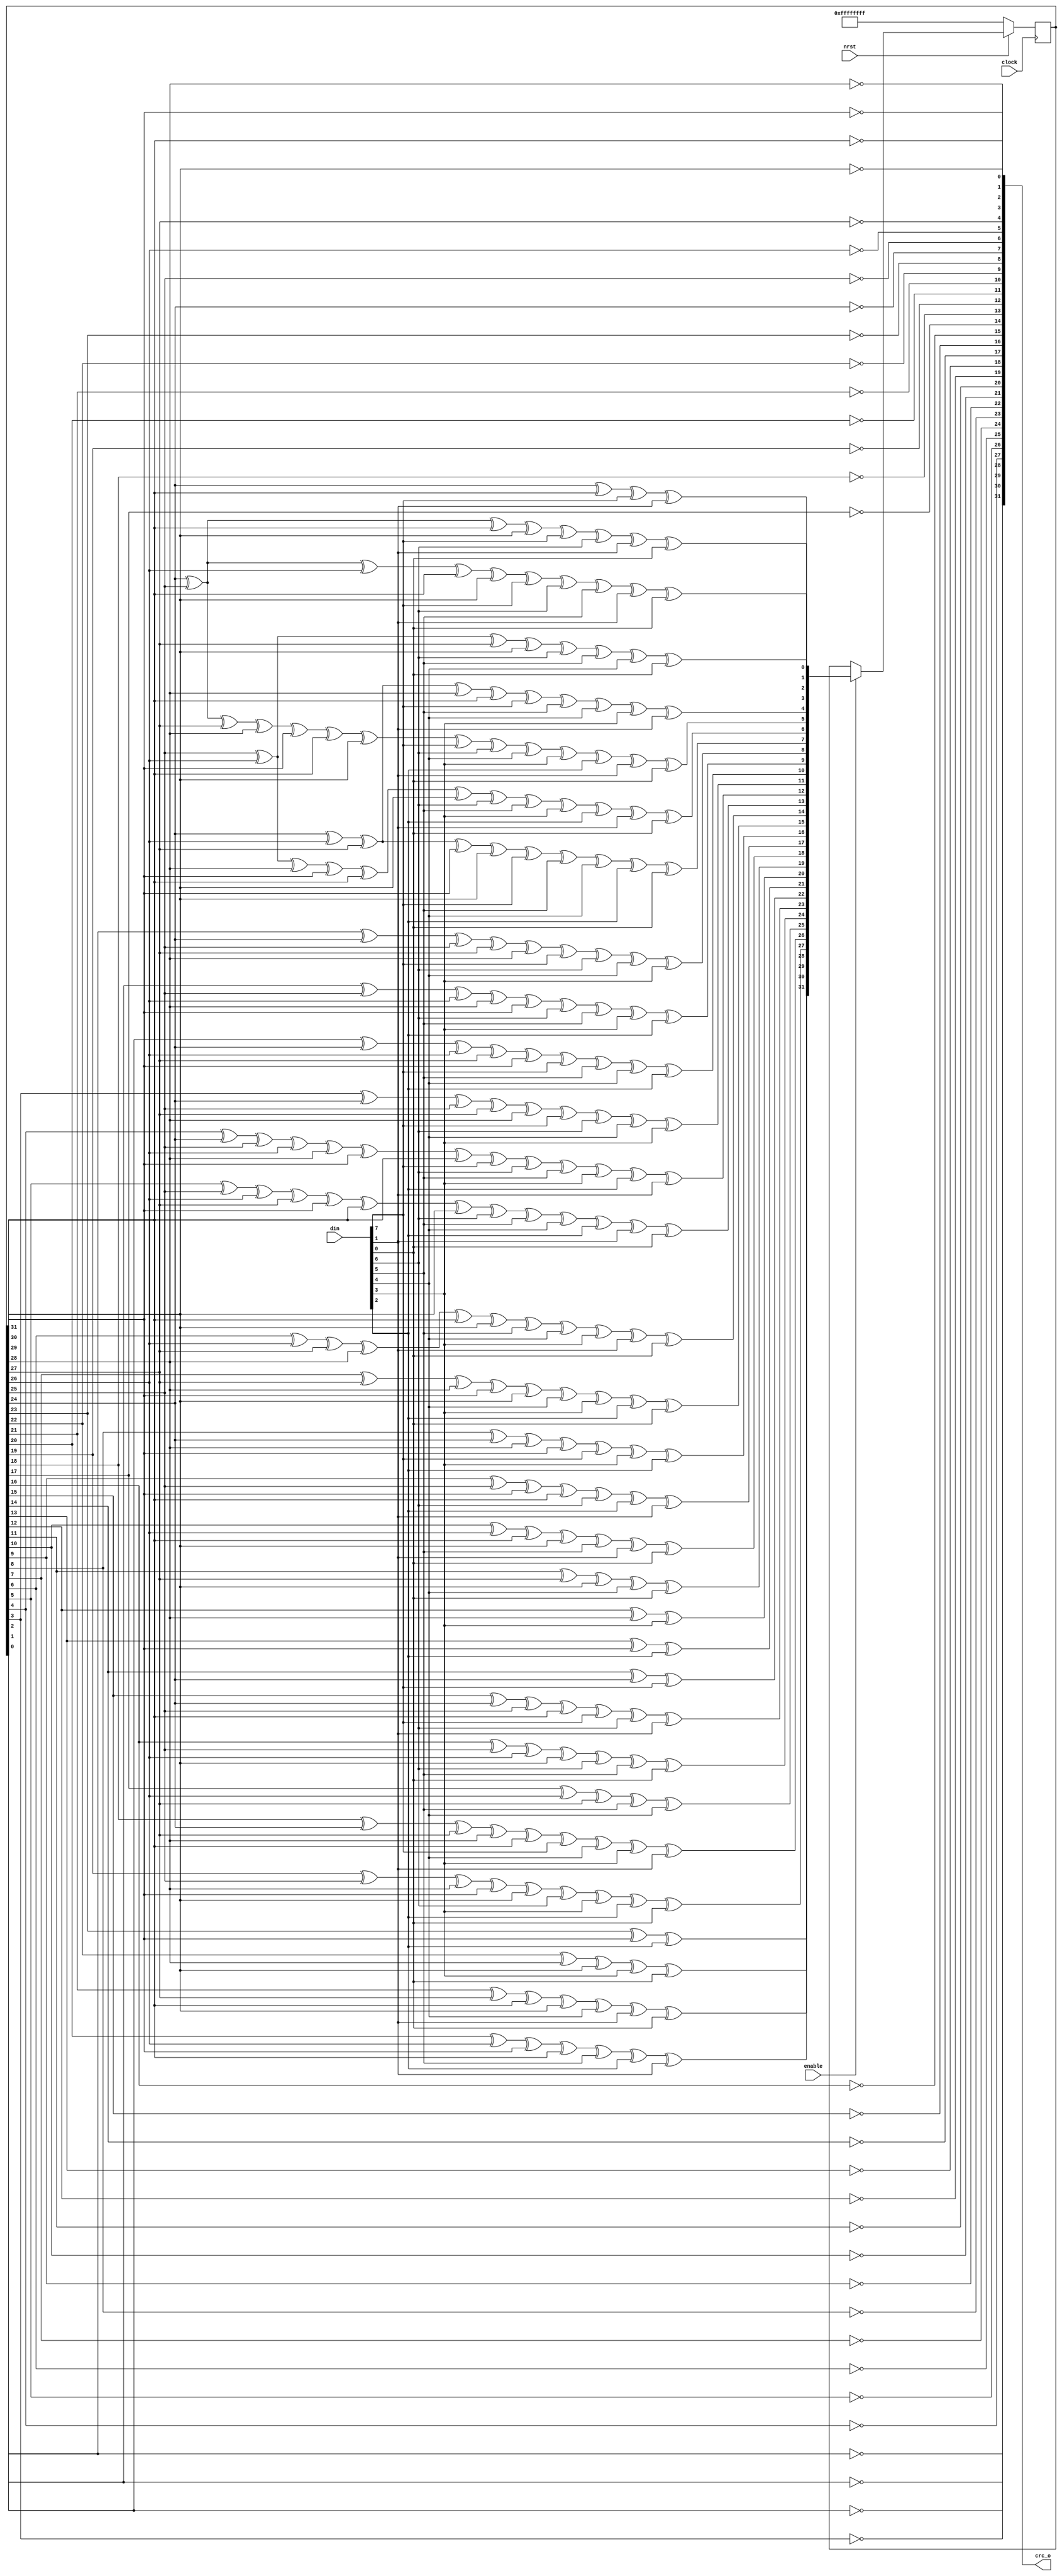
//  ____         _                ____                      
// | __ )  _ __ (_)  __ _  _ __  / ___|  _   _  _ __    ___ 
// |  _ \ | '__|| | / _` || '_ \ \___ \ | | | || '_ \  / _ \
// | |_) || |   | || (_| || | | | ___) || |_| || | | ||  __/
// |____/ |_|   |_| \__,_||_| |_||____/  \__,_||_| |_| \___|
//                                                          
// Programed By: BrianSune
// Contact: briansune@gmail.com
// 


`timescale 1ns/1ps


module crc32(
	
	input				nrst,
	input				clock,
	input				enable,
	
	input	[7 : 0]		din,
	output	[31 : 0]	crc_o
);
	
	wire	[31 : 0]	CrcNext;
	wire	[7 : 0]		Data;
	reg		[31 : 0]	Crc;
	
	genvar i;
	
	generate
		for(i=0;i<8;i=i+1)begin : refin_yes
			assign Data[i]=din[7-i];
		end
	endgenerate
	// assign Data=din;
	
	assign CrcNext[0] = Crc[24] ^ Crc[30] ^ Data[0] ^ Data[6];
	assign CrcNext[1] = Crc[24] ^ Crc[25] ^ Crc[30] ^ Crc[31] ^ Data[0] ^ Data[1] ^ Data[6] ^ Data[7];
	assign CrcNext[2] = Crc[24] ^ Crc[25] ^ Crc[26] ^ Crc[30] ^ Crc[31] ^ Data[0] ^ Data[1] ^ Data[2] ^ Data[6] ^ Data[7];
	assign CrcNext[3] = Crc[25] ^ Crc[26] ^ Crc[27] ^ Crc[31] ^ Data[1] ^ Data[2] ^ Data[3] ^ Data[7];
	assign CrcNext[4] = Crc[24] ^ Crc[26] ^ Crc[27] ^ Crc[28] ^ Crc[30] ^ Data[0] ^ Data[2] ^ Data[3] ^ Data[4] ^ Data[6];
	assign CrcNext[5] = Crc[24] ^ Crc[25] ^ Crc[27] ^ Crc[28] ^ Crc[29] ^ Crc[30] ^ Crc[31] ^ Data[0] ^ Data[1] ^ Data[3] ^ Data[4] ^ Data[5] ^ Data[6] ^ Data[7];
	assign CrcNext[6] = Crc[25] ^ Crc[26] ^ Crc[28] ^ Crc[29] ^ Crc[30] ^ Crc[31] ^ Data[1] ^ Data[2] ^ Data[4] ^ Data[5] ^ Data[6] ^ Data[7];
	assign CrcNext[7] = Crc[24] ^ Crc[26] ^ Crc[27] ^ Crc[29] ^ Crc[31] ^ Data[0] ^ Data[2] ^ Data[3] ^ Data[5] ^ Data[7];
	assign CrcNext[8] = Crc[0] ^ Crc[24] ^ Crc[25] ^ Crc[27] ^ Crc[28] ^ Data[0] ^ Data[1] ^ Data[3] ^ Data[4];
	assign CrcNext[9] = Crc[1] ^ Crc[25] ^ Crc[26] ^ Crc[28] ^ Crc[29] ^ Data[1] ^ Data[2] ^ Data[4] ^ Data[5];
	assign CrcNext[10] = Crc[2] ^ Crc[24] ^ Crc[26] ^ Crc[27] ^ Crc[29] ^ Data[0] ^ Data[2] ^ Data[3] ^ Data[5];
	assign CrcNext[11] = Crc[3] ^ Crc[24] ^ Crc[25] ^ Crc[27] ^ Crc[28] ^ Data[0] ^ Data[1] ^ Data[3] ^ Data[4];
	assign CrcNext[12] = Crc[4] ^ Crc[24] ^ Crc[25] ^ Crc[26] ^ Crc[28] ^ Crc[29] ^ Crc[30] ^ Data[0] ^ Data[1] ^ Data[2] ^ Data[4] ^ Data[5] ^ Data[6];
	assign CrcNext[13] = Crc[5] ^ Crc[25] ^ Crc[26] ^ Crc[27] ^ Crc[29] ^ Crc[30] ^ Crc[31] ^ Data[1] ^ Data[2] ^ Data[3] ^ Data[5] ^ Data[6] ^ Data[7];
	assign CrcNext[14] = Crc[6] ^ Crc[26] ^ Crc[27] ^ Crc[28] ^ Crc[30] ^ Crc[31] ^ Data[2] ^ Data[3] ^ Data[4] ^ Data[6] ^ Data[7];
	assign CrcNext[15] =  Crc[7] ^ Crc[27] ^ Crc[28] ^ Crc[29] ^ Crc[31] ^ Data[3] ^ Data[4] ^ Data[5] ^ Data[7];
	assign CrcNext[16] = Crc[8] ^ Crc[24] ^ Crc[28] ^ Crc[29] ^ Data[0] ^ Data[4] ^ Data[5];
	assign CrcNext[17] = Crc[9] ^ Crc[25] ^ Crc[29] ^ Crc[30] ^ Data[1] ^ Data[5] ^ Data[6];
	assign CrcNext[18] = Crc[10] ^ Crc[26] ^ Crc[30] ^ Crc[31] ^ Data[2] ^ Data[6] ^ Data[7];
	assign CrcNext[19] = Crc[11] ^ Crc[27] ^ Crc[31] ^ Data[3] ^ Data[7];
	assign CrcNext[20] = Crc[12] ^ Crc[28] ^ Data[4];
	assign CrcNext[21] = Crc[13] ^ Crc[29] ^ Data[5];
	assign CrcNext[22] = Crc[14] ^ Crc[24] ^ Data[0];
	assign CrcNext[23] = Crc[15] ^ Crc[24] ^ Crc[25] ^ Crc[30] ^ Data[0] ^ Data[1] ^ Data[6];
	assign CrcNext[24] = Crc[16] ^ Crc[25] ^ Crc[26] ^ Crc[31] ^ Data[1] ^ Data[2] ^ Data[7];
	assign CrcNext[25] = Crc[17] ^ Crc[26] ^ Crc[27] ^ Data[2] ^ Data[3];
	assign CrcNext[26] = Crc[18] ^ Crc[24] ^ Crc[27] ^ Crc[28] ^ Crc[30] ^ Data[0] ^ Data[3] ^ Data[4] ^ Data[6];
	assign CrcNext[27] = Crc[19] ^ Crc[25] ^ Crc[28] ^ Crc[29] ^ Crc[31] ^ Data[1] ^ Data[4] ^ Data[5] ^ Data[7];
	assign CrcNext[28] = Crc[20] ^ Crc[26] ^ Crc[29] ^ Crc[30] ^ Data[2] ^ Data[5] ^ Data[6];
	assign CrcNext[29] = Crc[21] ^ Crc[27] ^ Crc[30] ^ Crc[31] ^ Data[3] ^ Data[6] ^ Data[7];
	assign CrcNext[30] = Crc[22] ^ Crc[28] ^ Crc[31] ^ Data[4] ^ Data[7];
	assign CrcNext[31] = Crc[23] ^ Crc[29] ^ Data[5];
	
	always @ (posedge clock)begin
	if (!nrst) begin
	Crc <= {32{1'b1}};
	end
	else if (enable)
	Crc <= CrcNext;
	end
	
	// assign crc_o = Crc;
	generate
		for(i=0;i<32;i=i+1)begin : refout_yes
			// assign crc_o[i]=Crc[31-i];
			assign crc_o[i]=~Crc[31-i];
		end
	endgenerate
	
endmodule